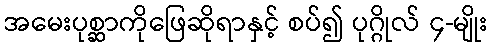
အမေးပုစ္ဆာကိုဖြေဆိုရာနှင့် စပ်၍ ပုဂ္ဂိုလ် ၄-မျိုး